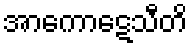
အာကောဋေသီတိ